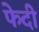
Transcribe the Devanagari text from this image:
फेदी